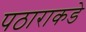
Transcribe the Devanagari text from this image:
पठाराकडे